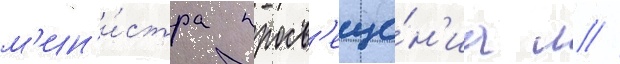
м'ин'и́стра просв'еще́н'иа л //